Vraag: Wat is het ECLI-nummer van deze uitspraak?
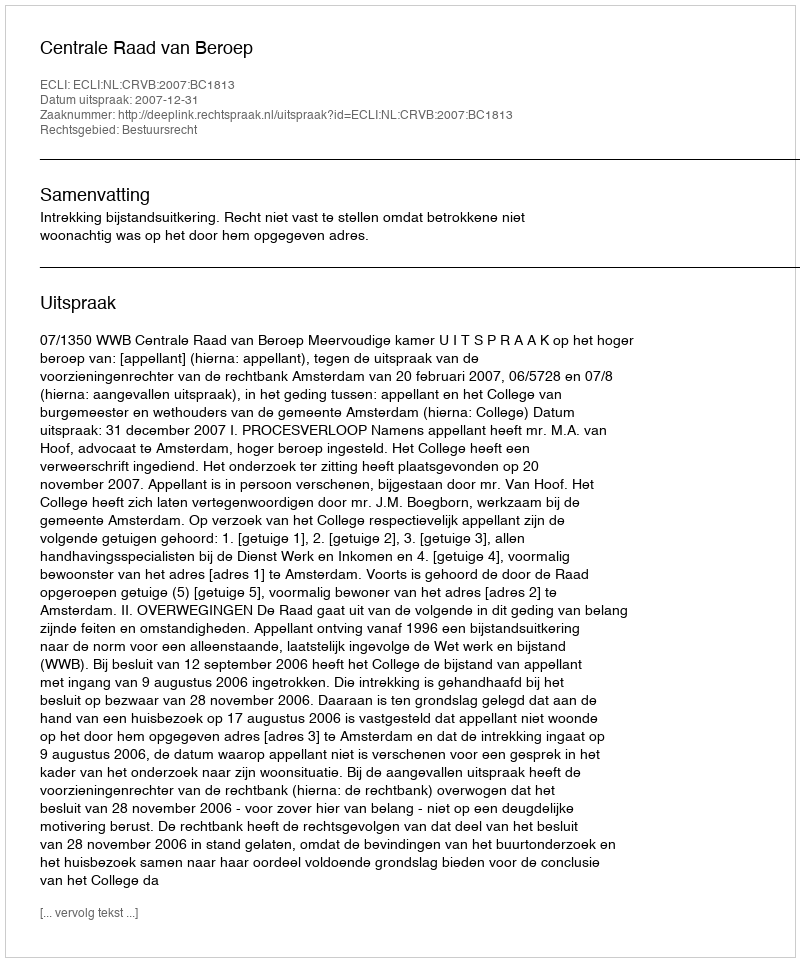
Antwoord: ECLI:NL:CRVB:2007:BC1813